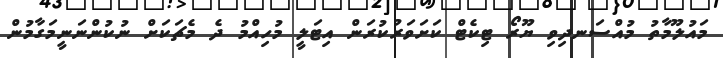
މައުލޫމާތު މުއްސަނދިވި ޔޫރޯ ޓިކެޓް ކަށަވަރުކުރަން އިޓަލީ މުހިއްމު ދެ މެޗަކަށް ނުކުންނަނީމަގާމުން